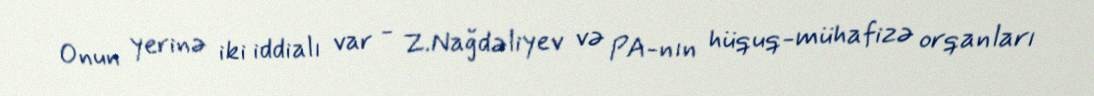
Onun yerinə iki iddialı var - Z.Nağdəliyev və PA-nın hüquq-mühafizə orqanları